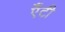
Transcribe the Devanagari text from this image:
एँटी